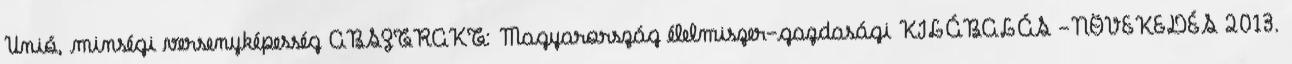
Unió, minségi versenyképesség ABSZTRAKT: Magyarország élelmiszer-gazdasági KILÁBALÁS -NÖVEKEDÉS 2013.